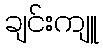
ချင်းကျူ